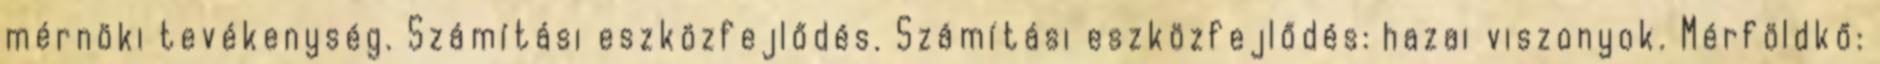
mérnöki tevékenység. Számítási eszközfejlődés. Számítási eszközfejlődés: hazai viszonyok. Mérföldkő: